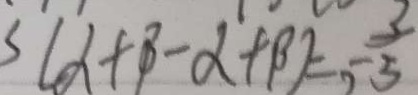
s ( \alpha + \beta - \alpha + \beta ) = - \frac { 3 } { 5 }